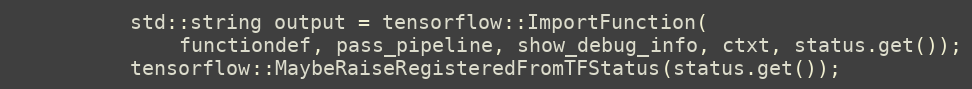
Language: C++
          std::string output = tensorflow::ImportFunction(
              functiondef, pass_pipeline, show_debug_info, ctxt, status.get());
          tensorflow::MaybeRaiseRegisteredFromTFStatus(status.get());